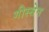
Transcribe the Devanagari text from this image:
गीस्सेन